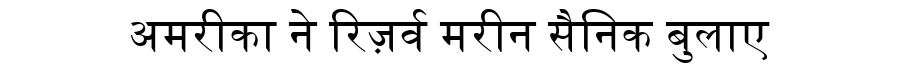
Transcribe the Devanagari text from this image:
अमरीका ने रिज़र्व मरीन सैनिक बुलाए